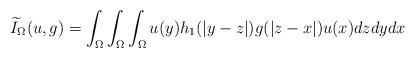
LaTeX: \begin{align*}\widetilde{I}_{\Omega}(u,g)=\int_{\Omega}\int_{\Omega}\int_{\Omega}u(y)h_{1}(|y-z|)g(|z-x|)u(x)dzdydx\end{align*}